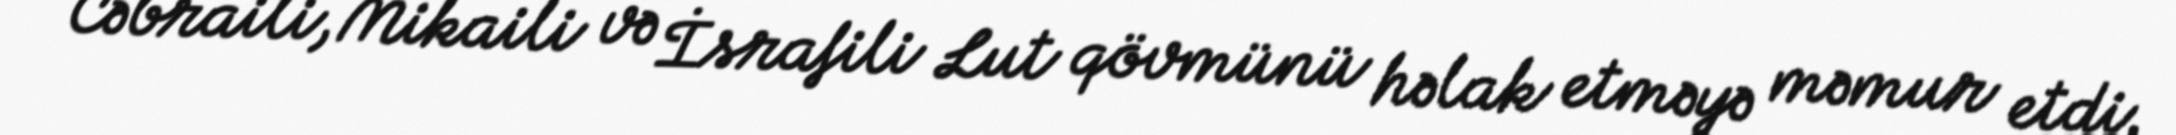
Cəbraili, Mikaili və İsrafili Lut qövmünü həlak etməyə məmur etdi.